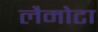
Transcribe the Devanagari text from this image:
लैमोटा